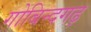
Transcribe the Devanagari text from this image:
गोबिन्दगढ़